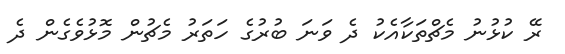
ރޭ ކުޅުނު މެޗްތަކާއެކު ދެ ވަނަ ބުރުގެ ހަތަރު މެޗުން މޮޅުވެގެން ދެ